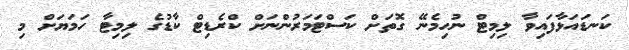
ކަނޑައަޅާފައިވާ ލިމިޓް ނުހިމެނޭ ގޮތަށް ކަސްޓަމަރުންނަށް ކްރެޑިޓް ކާޑުގެ ލިމިޓާ ހަމަޔަށް މި